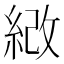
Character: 𦀻